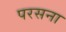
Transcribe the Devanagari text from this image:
परसना